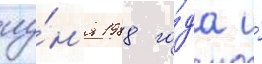
иу́н'я 1988 го́да и́